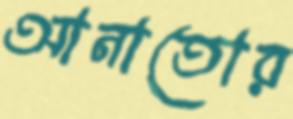
আনাতোর